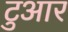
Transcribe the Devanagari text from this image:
टुआर